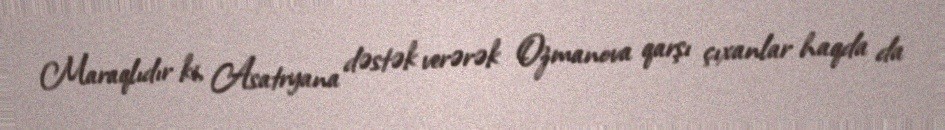
Maraqlıdır ki, Asatryana dəstək verərək Ozmanova qarşı çıxanlar haqda da